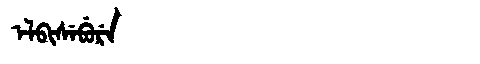
Manchu: ᡝᠯᠪᡳᠰᡝᠪᡠᡵᡝ
Romanization: ELBISEBURE